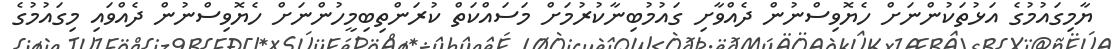
ޔާމިގައުމުގެ އަޅުތަކުންނަށް ހެޔޮވިސްނުން ދެއްވާށި ގައުމުބިނާކުރުމަށް މަސައްކަތް ކުރަންތިބިމީހުންނަށް ހެޔޮވިސްނުން ދެއްވައި މިގައުމުގެ